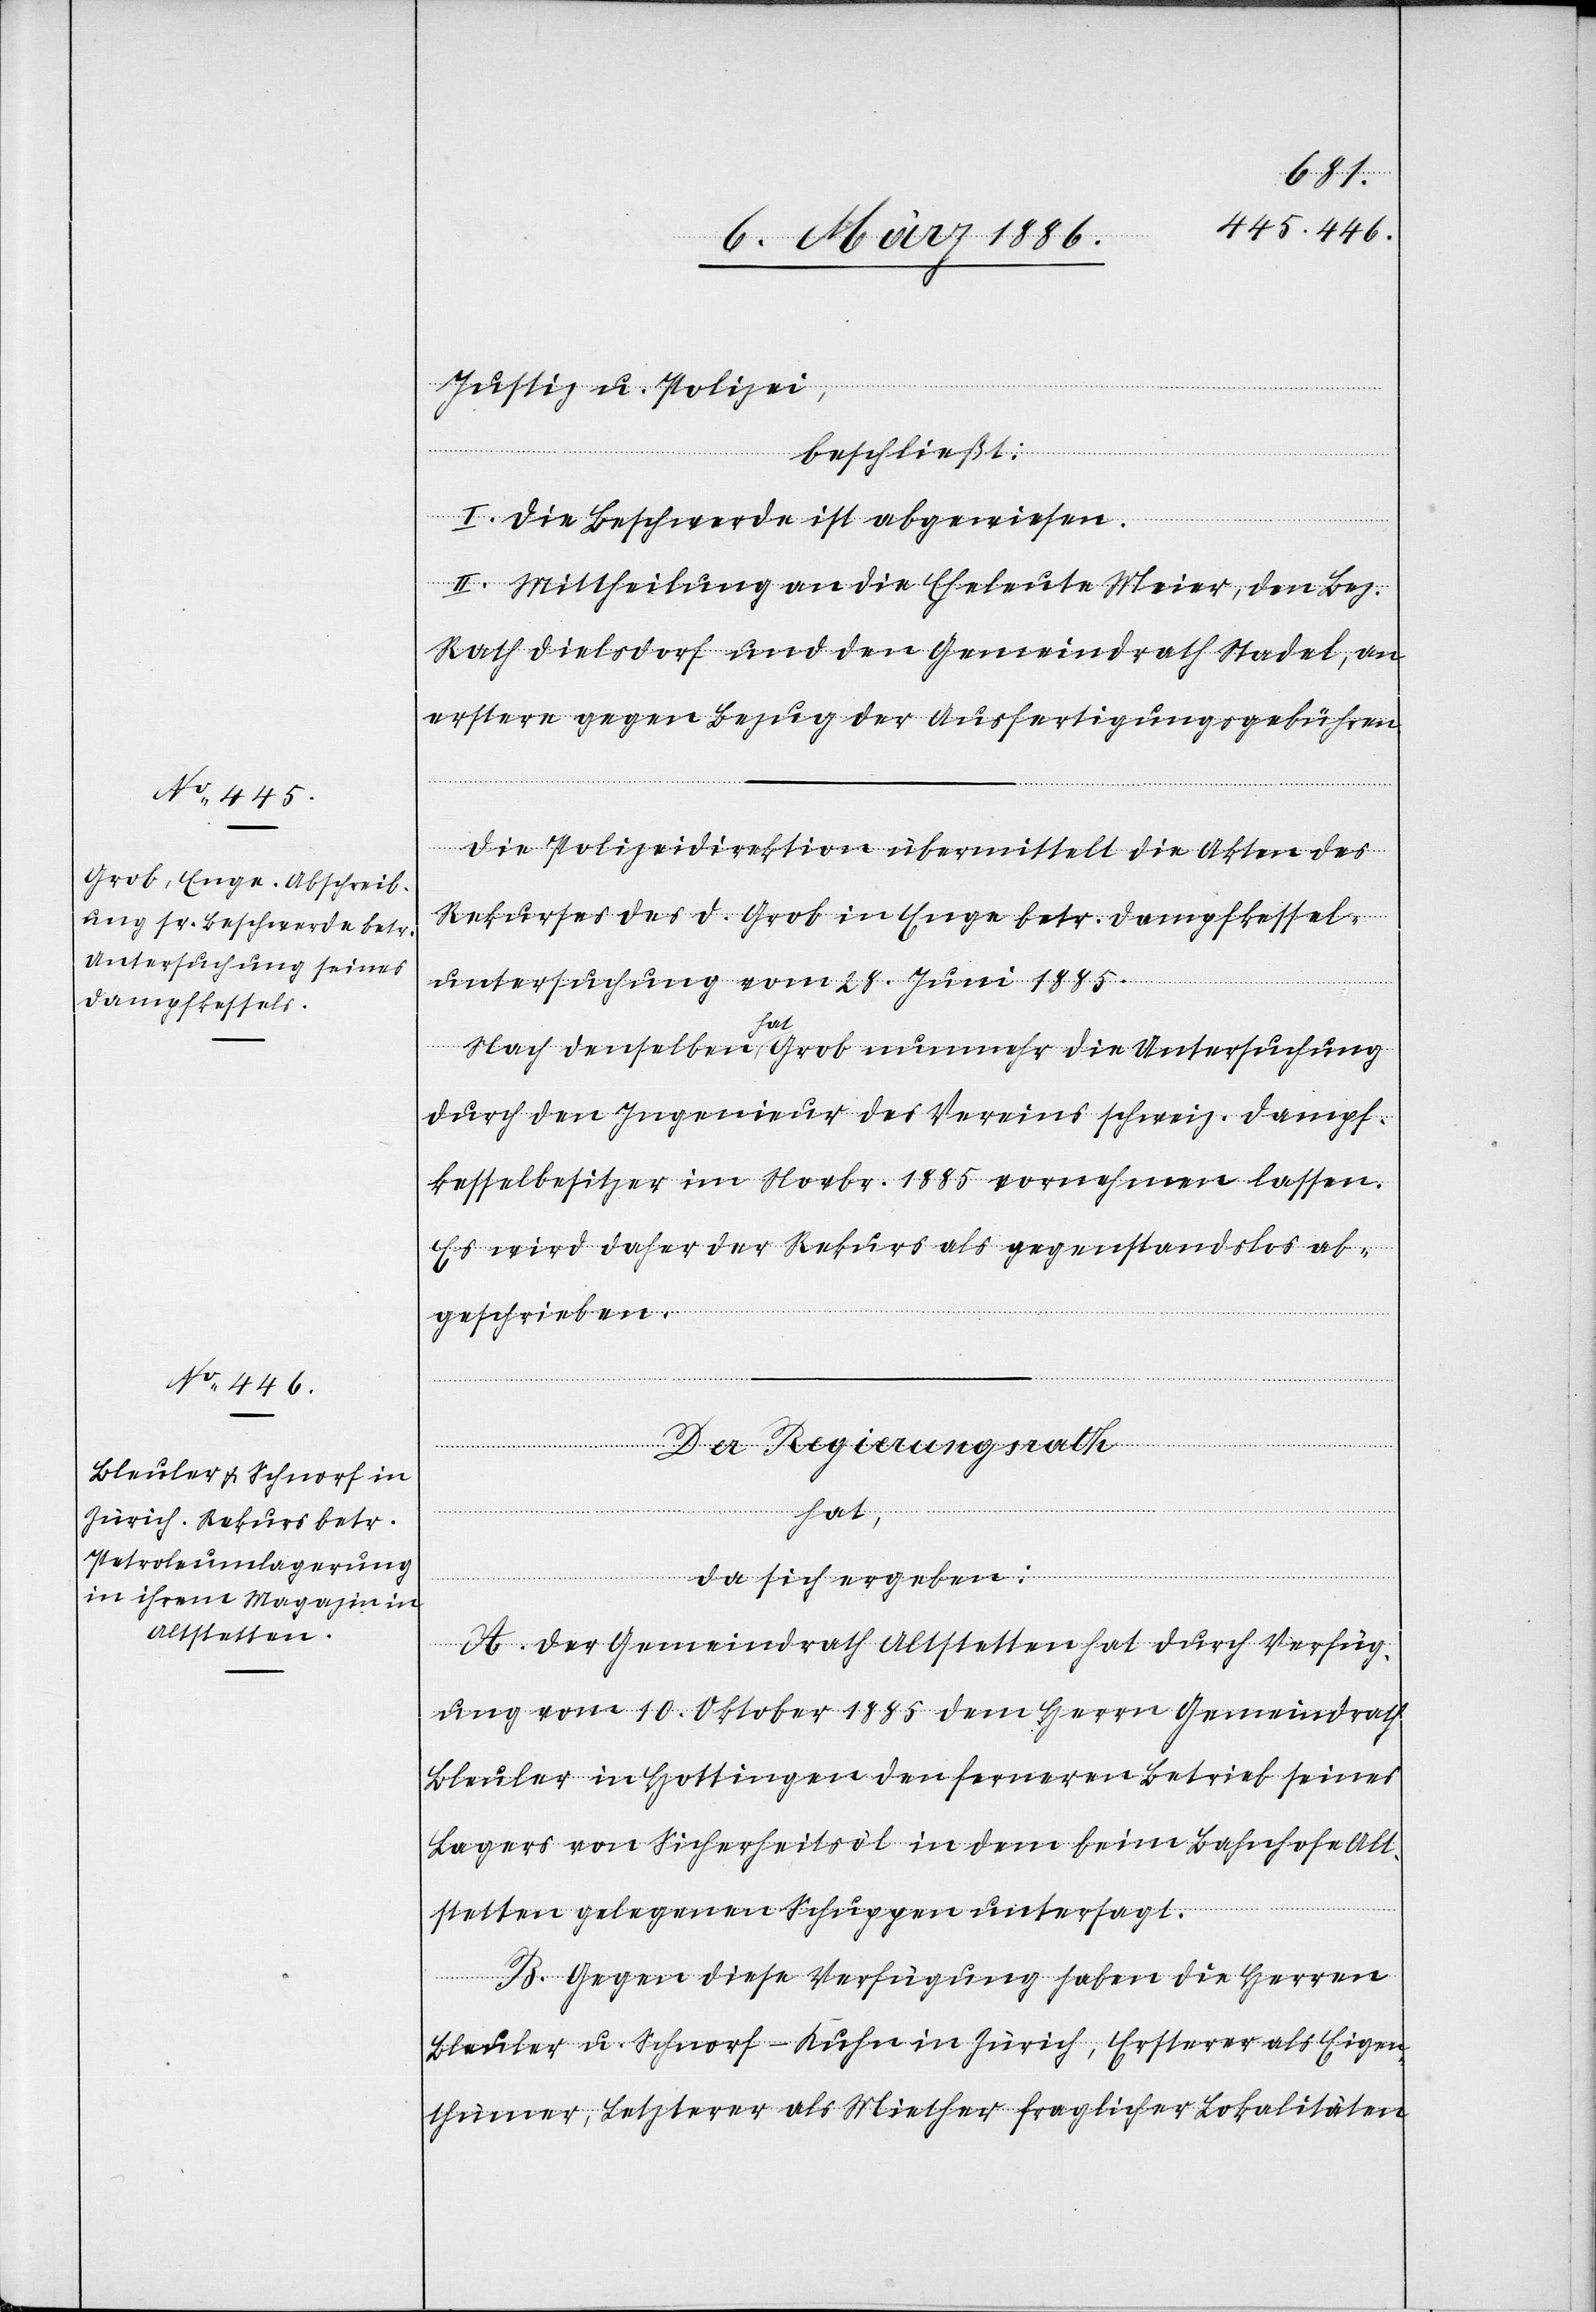
Justiz u. Polizei,
beschließt:
I. Die Beschwerde ist abgewiesen.
II. Mittheilung an die Eheleute Meier, den Bez.
Rath Dielsdorf und den Gemeindrath Stadel, an
erstern gegen Bezug der Ausfertigungsgebühren.
Die Polizeidirektion übermittelt die Akten des
Rekurses des d. Grob in Enge betr. Dampfkessel¬
untersuchung vom 18. Juni 1885.
Nach denselben hat Grob nunmehr die Untersuchung
durch den Ingenieur des Vereins schweiz. Dampf¬
kesselbesitzer im Novbr. 1885 vornehmen lassen.
Es wird daher der Rekurs als gegenstandslos ab¬
geschrieben.
Der Regierungsrath
hat,
da sich ergeben:
A. Der Gemeindrath Altstetten hat durch Verfüg¬
ung vom 10. Oktober 1885 dem Herrn Gemeindrath
Bleuler in Hottingen den ferneren Betrieb seines
Lagers von Sicherheitsöl in dem beim Bahnhofe Alt¬
stetten gelegenen Schuppen untersagt.
B. Gegen diese Verfügung haben die Herren
Bleuler u. Schnorf-Kuhn in Zürich, Ersterer als Eigen¬
thümer, Letzterer als Miether fraglicher Lokalitäten